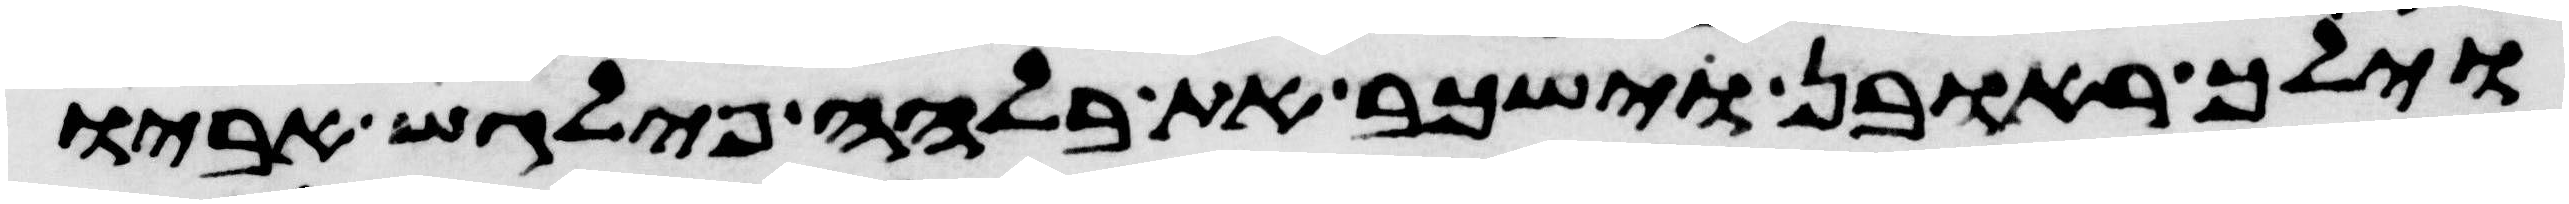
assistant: וילך ראובן וישכב את בלהה פילגש אביו